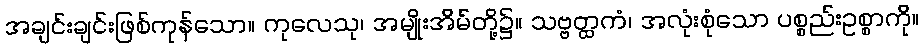
အချင်းချင်းဖြစ်ကုန်သော။ ကုလေသု၊ အမျိုးအိမ်တို့၌။ သဗ္ဗတ္ထကံ၊ အလုံးစုံသော ပစ္စည်းဥစ္စာကို။